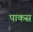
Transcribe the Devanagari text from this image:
पाकस